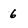
Character: 6